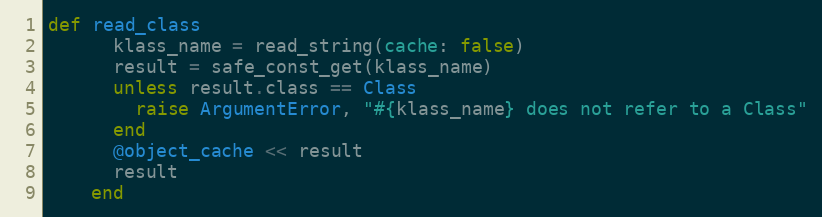
Language: Ruby
def read_class
      klass_name = read_string(cache: false)
      result = safe_const_get(klass_name)
      unless result.class == Class
        raise ArgumentError, "#{klass_name} does not refer to a Class"
      end
      @object_cache << result
      result
    end